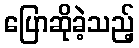
ပြောဆိုခဲ့သည့်